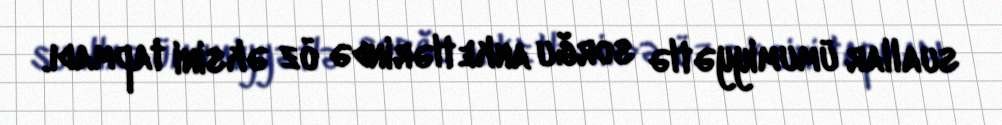
suallar ümumiyyətlə sorğu anketlərində öz əksini tapmadı.